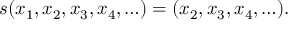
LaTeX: s ( x _ { 1 } , x _ { 2 } , x _ { 3 } , x _ { 4 } , \ldots ) = ( x _ { 2 } , x _ { 3 } , x _ { 4 } , \ldots ) { \mathrm { . } }